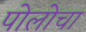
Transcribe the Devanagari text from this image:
पोलोचा